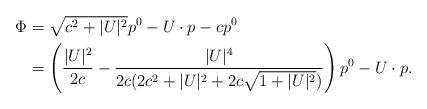
LaTeX: \begin{align*}\Phi&=\sqrt{c^2+|U|^2}p^0-U\cdot p-cp^0 \cr&=\left(\frac{|U|^2}{2c}-\frac{|U|^4}{2c(2c^2+|U|^2+2c\sqrt{1+|U|^2})}\right)p^0-U\cdot p.\end{align*}